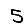
Digit: 5